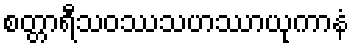
စတ္တာရီသဝဿသဟဿာယုကာနံ